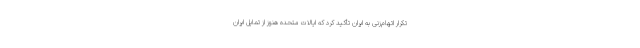
تکرار اتهام‌زنی به ایران تأکید کرد که ایالات متحده هنوز از تمایل ایران